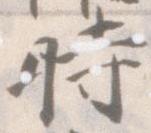
時